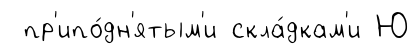
пр'ипо́дн'ятым'и скла́дкам'и Ю